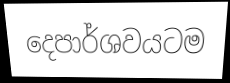
දෙපාර්ශවයටම